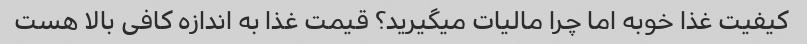
کیفیت غذا خوبه اما چرا مالیات میگیرید؟ قیمت غذا به اندازه کافی بالا هست